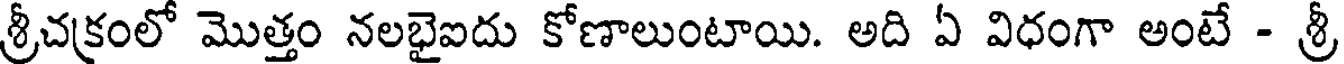
శ్రీచక్రంలో మొత్తం నలభైఐదు కోణాలుంటాయి. అది ఏ విధంగా అంటే - శ్రీ